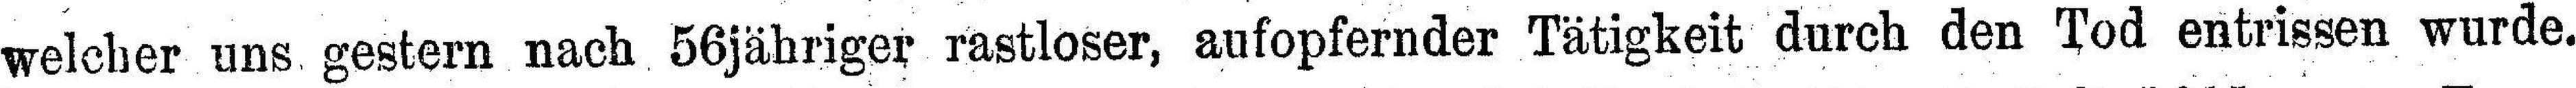
welcher uns gestern nach 56jähriger rastloser, aufopfernder Tätigkeit durch den Tod entrissen wurde.